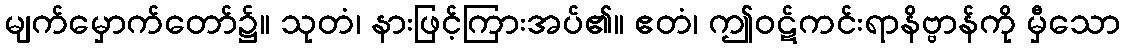
မျက်မှောက်တော်၌။ သုတံ၊ နားဖြင့်ကြားအပ်၏။ ဧတံ၊ ဤဝဋ်ကင်းရာနိဗ္ဗာန်ကို မှီသော